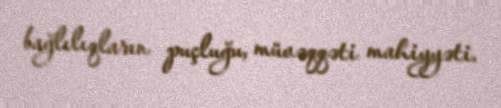
bağlılıqların puçluğu, müvəqqəti mahiyyəti.